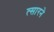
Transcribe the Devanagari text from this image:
त्सारने